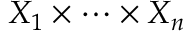
X _ { 1 } \times \cdots \times X _ { n }